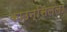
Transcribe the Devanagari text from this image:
काउन्सिलला